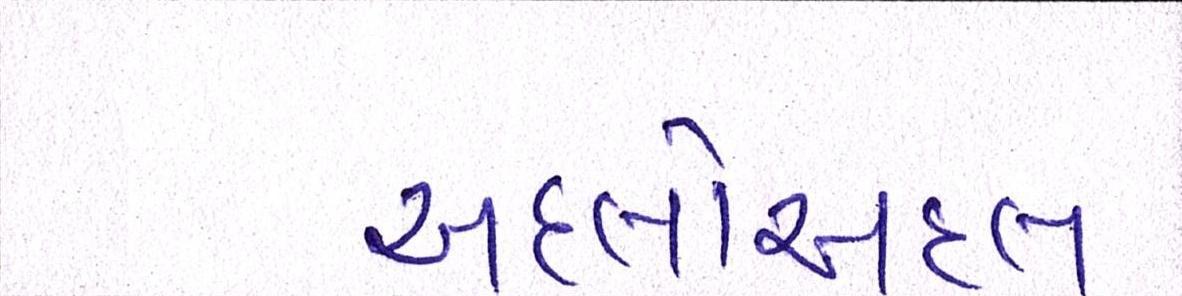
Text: અદલોઅદલ